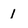
Character: 1